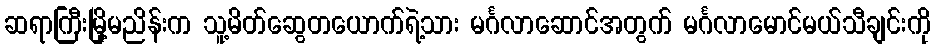
ဆရာကြီးမြို့မညိန်းက သူ့မိတ်ဆွေတယောက်ရဲ့သား မင်္ဂလာဆောင်အတွက် မင်္ဂလာမောင်မယ်သီချင်းကို